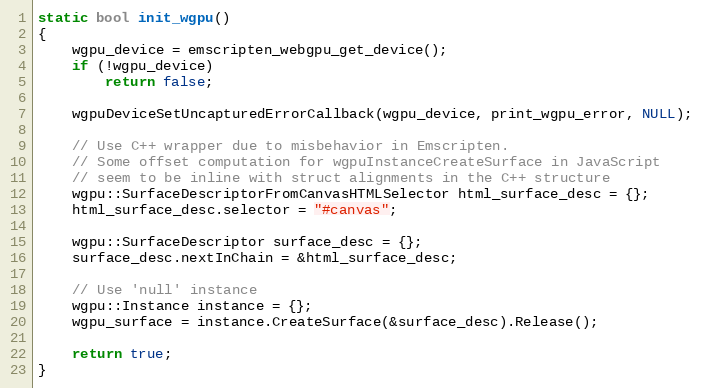
Language: C++
static bool init_wgpu()
{
    wgpu_device = emscripten_webgpu_get_device();
    if (!wgpu_device)
        return false;

    wgpuDeviceSetUncapturedErrorCallback(wgpu_device, print_wgpu_error, NULL);

    // Use C++ wrapper due to misbehavior in Emscripten.
    // Some offset computation for wgpuInstanceCreateSurface in JavaScript
    // seem to be inline with struct alignments in the C++ structure
    wgpu::SurfaceDescriptorFromCanvasHTMLSelector html_surface_desc = {};
    html_surface_desc.selector = "#canvas";

    wgpu::SurfaceDescriptor surface_desc = {};
    surface_desc.nextInChain = &html_surface_desc;

    // Use 'null' instance
    wgpu::Instance instance = {};
    wgpu_surface = instance.CreateSurface(&surface_desc).Release();

    return true;
}